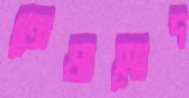
তোষামোদ